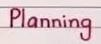
Planning